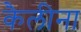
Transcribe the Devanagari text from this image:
कैलीना